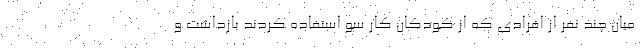
میان چند نفر از افرادی که از کودکان کار سو استفاده کردند بازداشت و